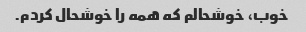
خوب، خوشحالم که همه را خوشحال کردم.